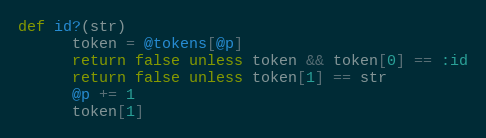
Language: Ruby
def id?(str)
      token = @tokens[@p]
      return false unless token && token[0] == :id
      return false unless token[1] == str
      @p += 1
      token[1]